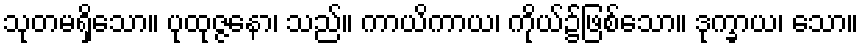
သုတမရှိသော။ ပုထုဇ္ဇနော၊ သည်။ ကာယိကာယ၊ ကိုယ်၌ဖြစ်သော။ ဒုက္ခာယ၊ သော။